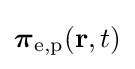
{\boldsymbol {\pi }}_{\mathrm {e,p} }(\mathbf {r} ,t)